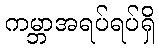
ကမ္ဘာအရပ်ရပ်ရှိ